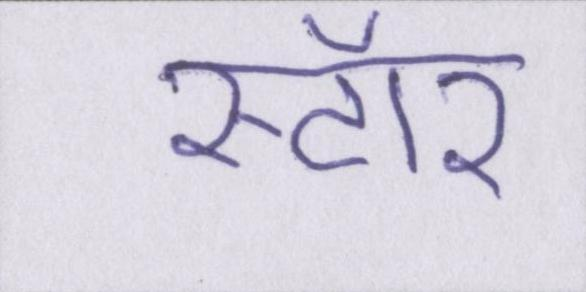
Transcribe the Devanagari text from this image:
स्टॉर